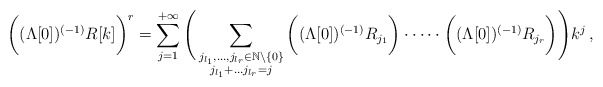
\begin{align*}\bigg((\Lambda[0])^{(-1)}R[k]\bigg)^r = \sum_{j=1}^{+\infty}\Bigg(\sum_{\substack{j_{l_1},\dots,j_{l_r}\in \mathbb{N}\setminus\{0\} \\ j_{l_1}+\dots j_{l_r}=j}}\bigg((\Lambda[0])^{(-1)}R_{j_1} \bigg)\cdot \dots \cdot \bigg((\Lambda[0])^{(-1)}R_{j_r} \bigg) \Bigg) k^j\, ,\end{align*}